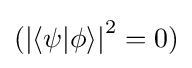
({|\langle \psi |\phi \rangle |}^{2}=0)